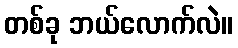
တစ်ခု ဘယ်လောက်လဲ။